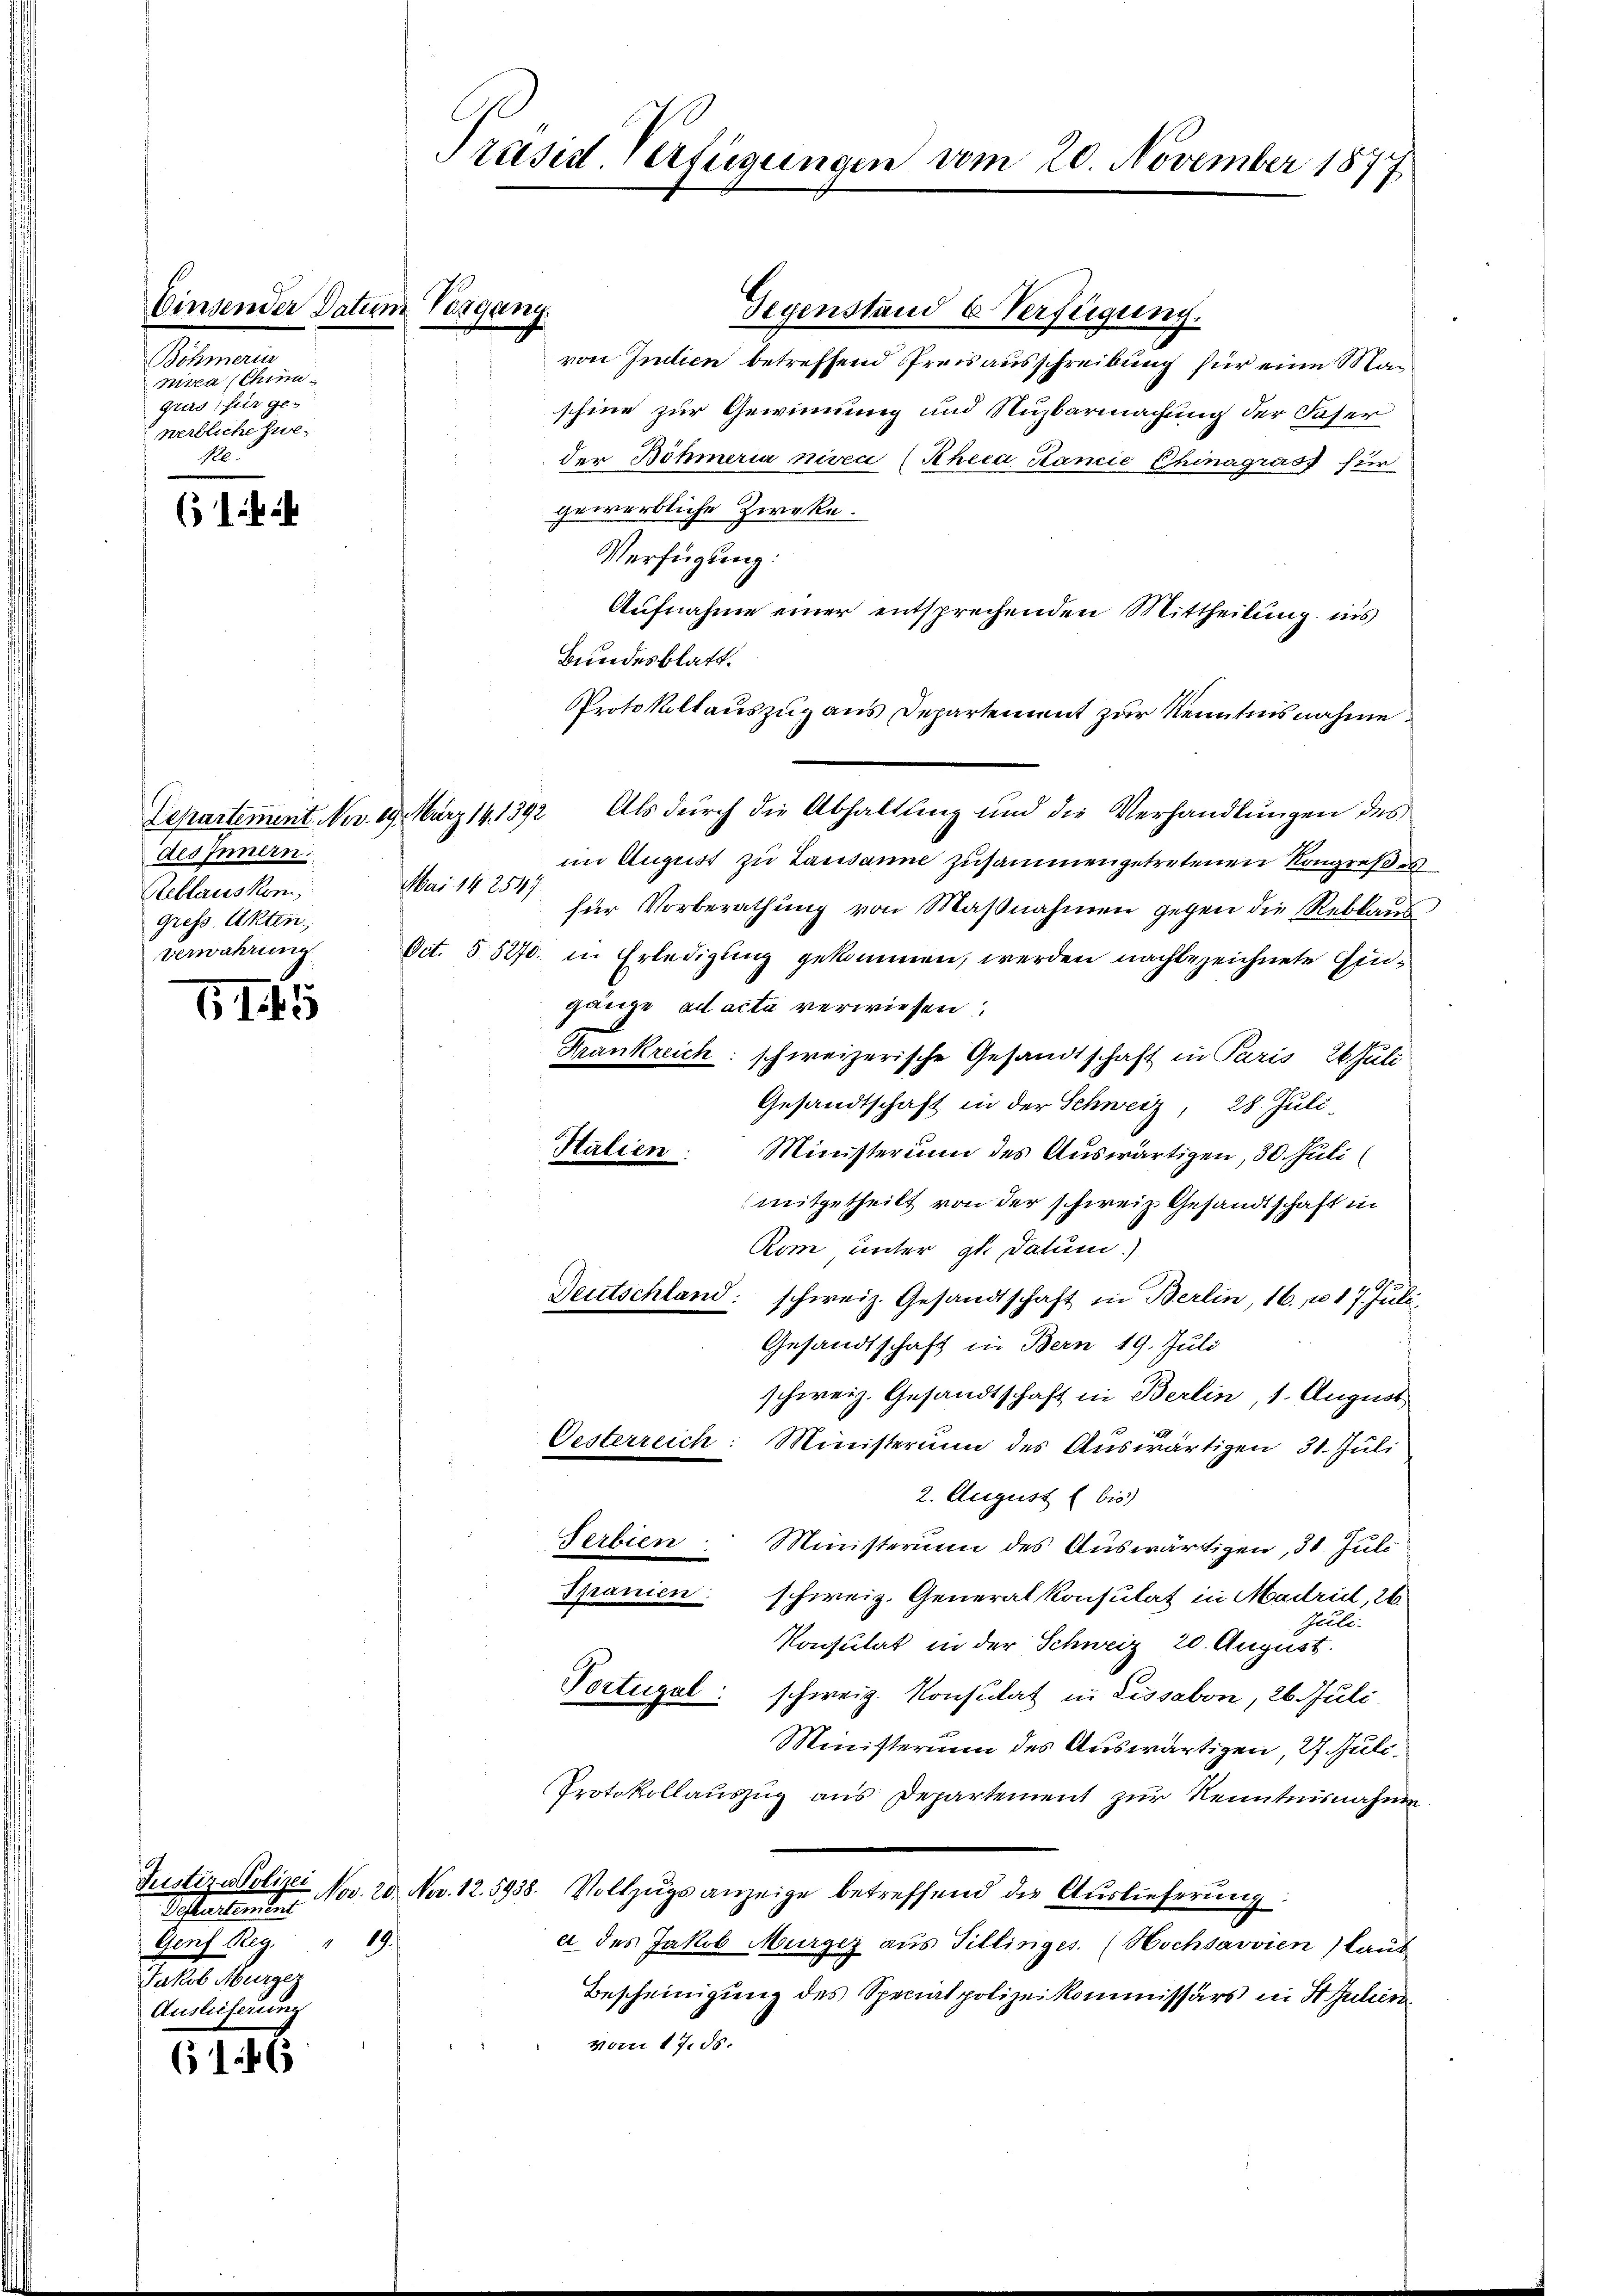
Böhmerun
nitea China
Geld für ge-
werbliche Zwe¬
Ne

61

61. 45

616

Einsender Datum Vorgang

des Innern:
Reblauskom
gress. Akten.
Verwahrung

Desterstement
Genf Reg.
19
Fr. un
Auslieferung

Präsist. Verfügungen vom 20. November 1877

Gegenstand b. Verfügung.
von Indien betreffend Preisausschreibung für eine Man
schine zur Gewinnung und Nuzbarmachung der Faser
der Böhmeria niveci (Rheca Panić Chinagruss für
gewerbliche Zwecke.
Verfügung:
Aufnahme einer entsprechenden Mittheilung ins
Bundesblatt.
Protokollauszug aus Departement zur Kenntnisnahme
Departement Nov. 19. März 141392 Als dŭrch die Abhaltŭng und die Verhandlŭngen des
im August zu Lausanne zusammengetretenen Kongreßes
Mai 142547.
für Vorberathung von Maßnahmen gegen die Reblaus
Oct. 55270. in Erledigung gekommen, werden nachbezeichnete Eingänze ad acta verwiesen
Krankreich: schweizerische Gesandtschaft in Paris, 26 Juli
Gesandtschaft in der Schweiz, 28. Juli.
Italien
Ministerium des Auswärtigen, 30. Juli
mitgetheilt von der schweiz. Gesandtschaft in
Rom, unter gl. datum.)
Deutschland: schweiz. Gesandtschaft in Berlin, 16. u 17. Juli.
Gesandtschaft in Bern 19. Juli
schweiz. Gesandtschaft in Berlin, 1. August
Oesterreich: Ministerium des Auswärtigen 31. Juli
2. August (bis)
Serbien Ministerium des Auswärtigen, 31. Juli
Spanien: schweiz. Generalkonsulat in Madrill, 26
Juli.
Konsulat in der Schweiz 20. August.
Portugal: schweiz. Konsulat in Lissabon, 26. Juli.
Ministerium des Auswärtigen, 27 Juli.
Protokollauszug aus Departement zur Kenntnisnahme
Justiz-Polizei Nov. 20. Nov. 12. 5938. Vollzŭgs anzeige betreffend die Aŭslieferŭng:
a des Jakob Murger aus Tillinges. (Hochsavvien) laut
Bescheinigung des Specialpolizeikommissärs in Stuhin
vom 17. ds.